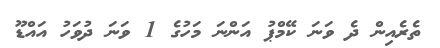
ތެރެއިން ދެ ވަނަ ކޭމްޕު އަންނަ މަހުގެ 1 ވަނަ ދުވަހު އައްޑޫ